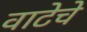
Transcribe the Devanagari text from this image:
वाटेचे